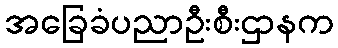
အခြေခံပညာဦးစီးဌာနက